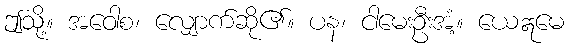
ဤသို့။ အဝေါစ၊ လျှောက်ဆို၏။ ပန၊ ငါမေးဦးအံ့။ ယေဣမေ